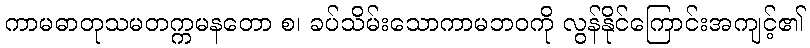
ကာမဓာတုသမတက္ကမနတော စ၊ ခပ်သိမ်းသောကာမဘဝကို လွန်နိုင်ကြောင်းအကျင့်၏